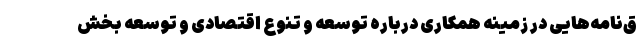
ق‌نامه‌هایی در زمینه همکاری درباره توسعه و تنوع اقتصادی و توسعه بخش